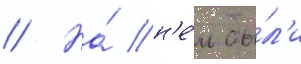
// На́ н'е́м бы́л'и